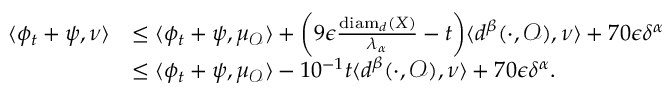
\begin{array} { r l } { \langle \phi _ { t } + \psi , \nu \rangle } & { \leq \langle \phi _ { t } + \psi , \mu _ { \mathcal { O } } \rangle + \biggl ( 9 \epsilon \frac { \operatorname { d i a m } _ { d } ( X ) } { \lambda _ { \alpha } } - t \biggr ) \langle d ^ { \beta } ( \cdot , \mathcal { O } ) , \nu \rangle + 7 0 \epsilon \delta ^ { \alpha } } \\ & { \leq \langle \phi _ { t } + \psi , \mu _ { \mathcal { O } } \rangle - 1 0 ^ { - 1 } t \langle d ^ { \beta } ( \cdot , \mathcal { O } ) , \nu \rangle + 7 0 \epsilon \delta ^ { \alpha } . } \end{array}